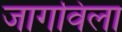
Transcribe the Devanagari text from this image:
जागविला